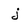
Character: j